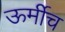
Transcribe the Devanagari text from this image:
ऊर्मीच